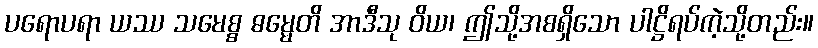
ပရောပရာ ယဿ သမေစ္စ ဓမ္မေတိ အာဒီသု ဝိယ၊ ဤသို့အစရှိသော ပါဋ္ဌိရပ်ကဲ့သို့တည်း။